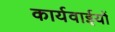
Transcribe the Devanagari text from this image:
कार्यवाईयों